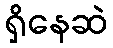
ရှိနေဆဲ